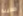
خطيبة